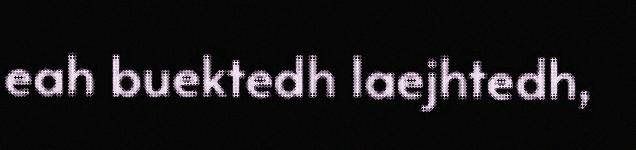
eah buektedh laejhtedh,